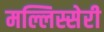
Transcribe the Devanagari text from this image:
मल्लिस्सेरी